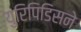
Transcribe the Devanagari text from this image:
युरिपिडिसने